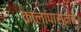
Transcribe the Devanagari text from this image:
कालापासूनचे